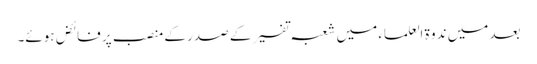
بعد میں ندوۃ العلماء میں شعبہ تفسیر کے صدر کے منصب پر فائض ہوئے۔